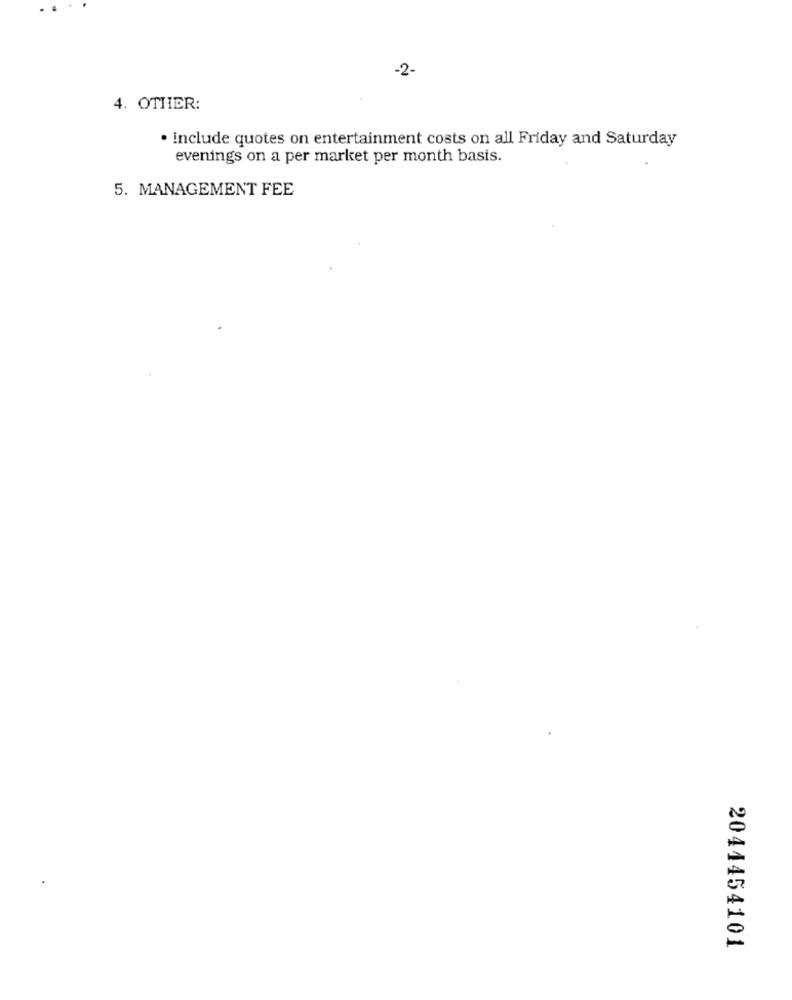
-2-
4. OTHER:
· Include quotes on entertainment costs on all Friday and Saturday
evenings on a per market per month basis.
5. MANAGEMENT FEE
2044454101